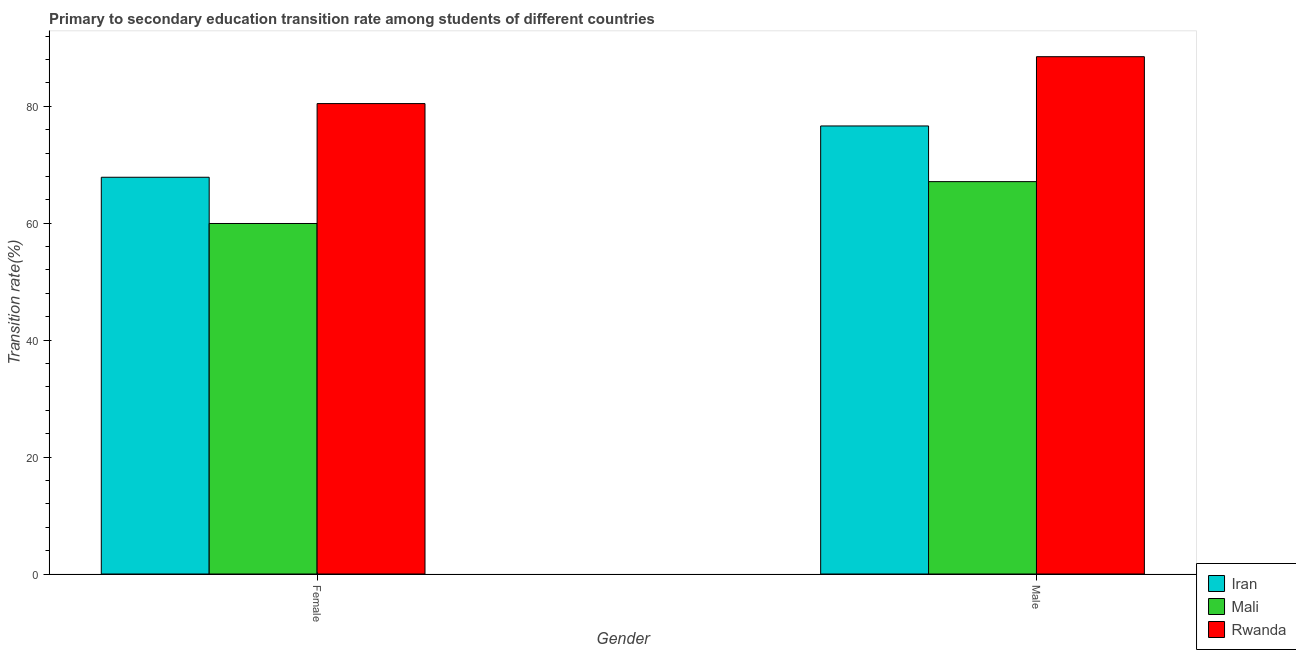
| Gender | Iran | Mali | Rwanda |
 | --- | --- | --- | --- |
 | Female | 67.9 | 59.9 | 80.5 |
 | Male | 76.6 | 67.1 | 88.5 |